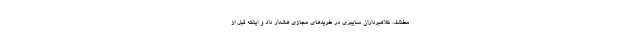
مختلف کلاهبرداران سایبری در خریدهای مجازی هشدار داد و اینکه قبل از